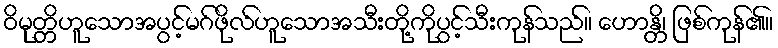
ဝိမုတ္တိဟူသောအပွင့်မဂ်ဖိုလ်ဟူသောအသီးတို့ကိုပွင့်သီးကုန်သည်။ ဟောန္တိ၊ ဖြစ်ကုန်၏။